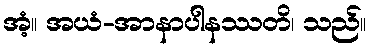
အံ့။ အယံ-အာနာပါနဿတိ၊ သည်။